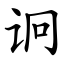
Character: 诇